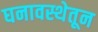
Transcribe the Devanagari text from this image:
घनावस्थेतून